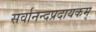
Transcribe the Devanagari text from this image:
सर्वानन्दप्रदायकम्